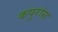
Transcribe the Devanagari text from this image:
कपूरांस